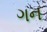
ગન